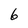
Character: 6